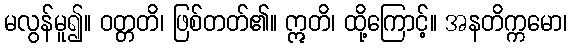
မလွန်မူ၍။ ဝတ္တတိ၊ ဖြစ်တတ်၏။ ဣတိ၊ ထို့ကြောင့်။ အနတိက္ကမော၊